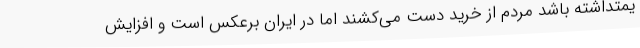
یمتداشته باشد مردم از خرید دست می‌کشند اما در ایران برعکس است و افزایش